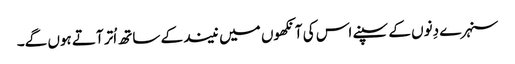
سنہرے دِنوں کے سپنے اس کی آنکھوں میں نیند کے ساتھ اُتر آتے ہوں گے۔